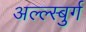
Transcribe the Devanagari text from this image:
अल्ल्स्बुर्ग